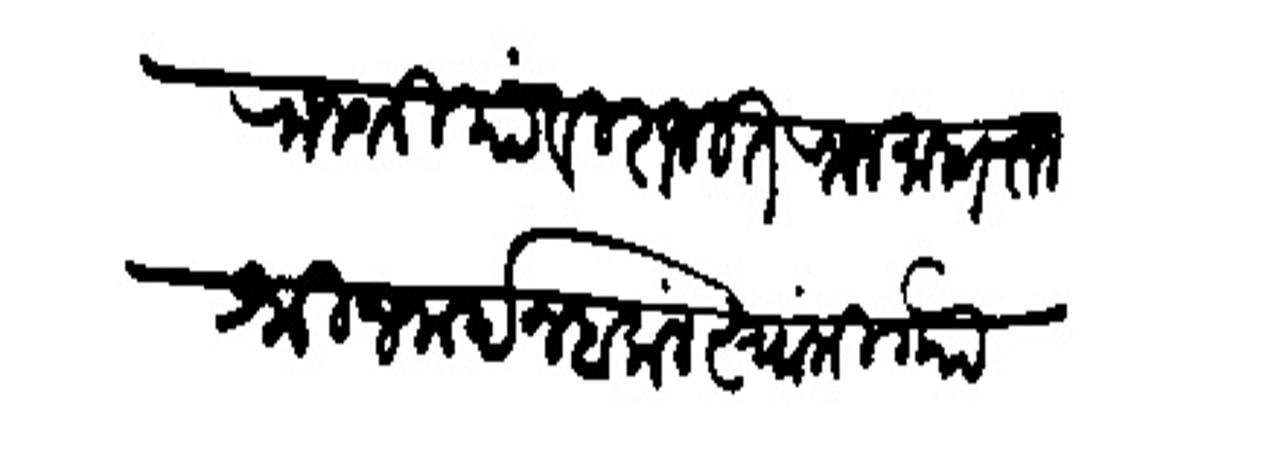
Transliteration (Devanagari): राजश्रिया विराजित राजमान्य राजश्री जनार्दन बलाल स्वामी गोा